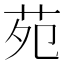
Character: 苑